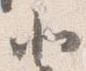
北